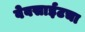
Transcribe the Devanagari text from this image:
वेबसाईटचा